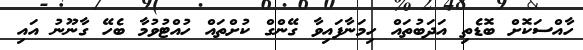
ހާއްސަކޮށް ބޮޑެތި އަދަބުތައް ހިމަނާފައިވާ ގޭންގް ކުށްތައް ހުއްޓުވުމާ ބެހޭ ގާނޫނު އައި